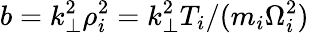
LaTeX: b=k_{\perp}^{2}\rho_{i}^{2}=k_{\perp}^{2}T_{i}/(m_{i}\Omega_{i}^{2})